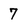
Character: 7